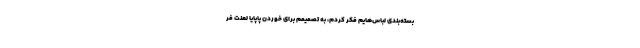
بسته‌بندی لباس‌هایم فکر کردم، به تصمیمم برای خوردن پاپایا لعنت فر